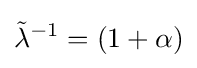
{\tilde {\lambda }}^{-1}=(1+\alpha )